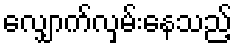
လျှောက်လှမ်းနေသည့်